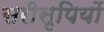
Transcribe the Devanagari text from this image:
सरीसृपियों